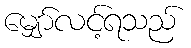
မျှော်လင့်ရသည်